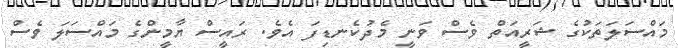
މައްސަލަތަކުގެ ޝަރީއަތް ވެސް ވަނީ މެދުކެނޑިފަ އެވެ. ރައީސް ޔާމީންގެ މައްސަލަ ވެސް